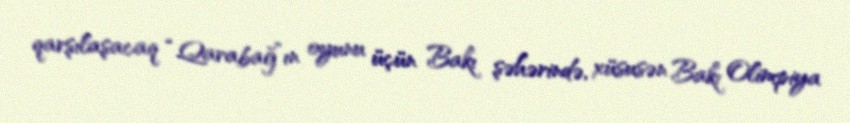
qarşılaşacaq “Qarabağ”ın oyunu üçün Bakı şəhərində, xüsusən Bakı Olimpiya